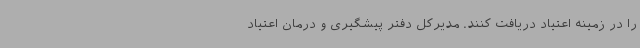
را در زمینه اعتیاد دریافت کنند. مدیرکل دفتر پیشگیری و درمان اعتیاد